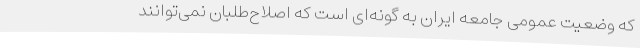
که وضعیت عمومی جامعه ایران به گونه‌ای است که اصلاح‌طلبان نمی‌توانند